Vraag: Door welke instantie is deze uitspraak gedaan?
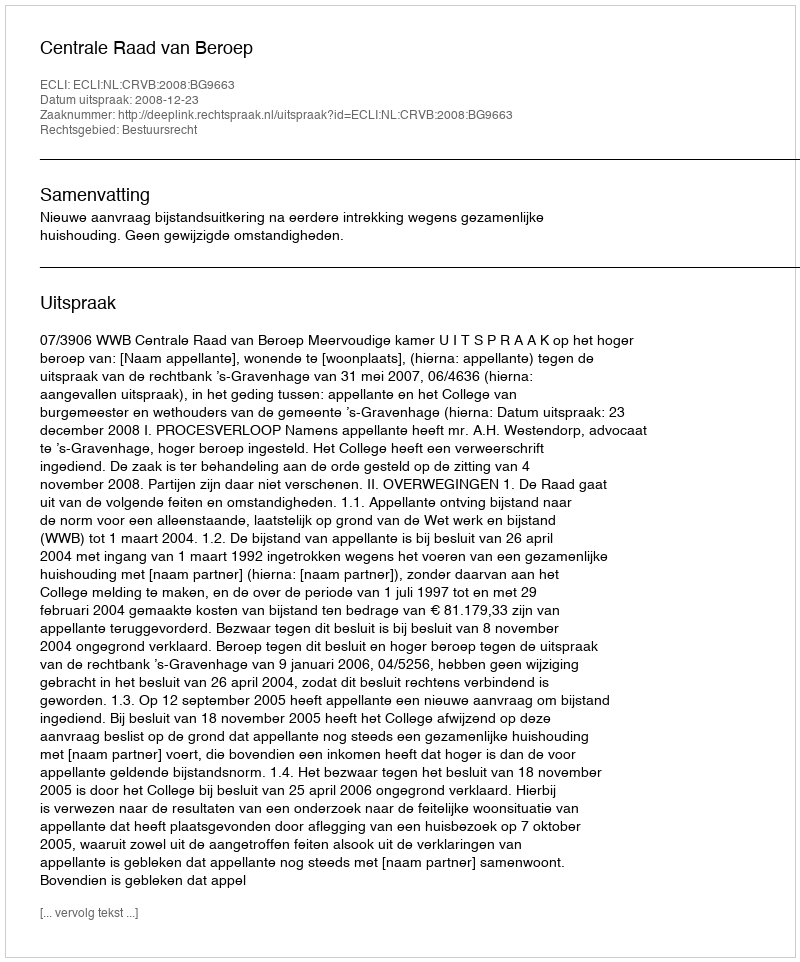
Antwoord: Centrale Raad van Beroep